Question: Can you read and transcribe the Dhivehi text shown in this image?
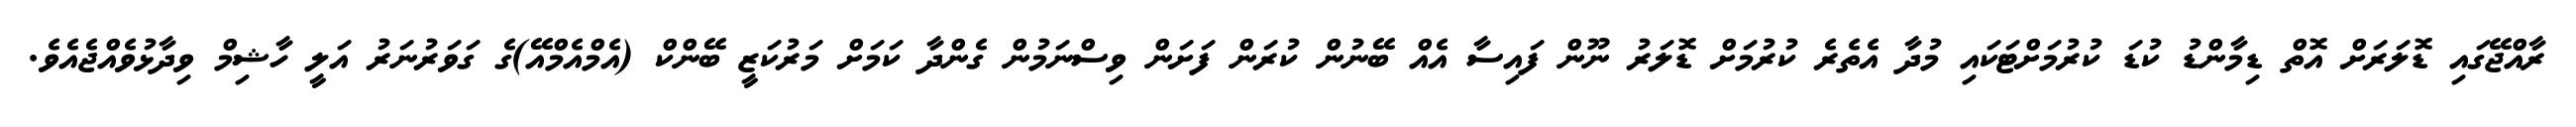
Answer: ރާއްޖޭގައި ޑޮލަރަށް އޮތް ޑިމާންޑު ކުޑަ ކުރުމަށްޓަކައި މުދާ އެތެރެ ކުރުމަށް ޑޮލަރު ނޫން ފައިސާ އެއް ބޭނުން ކުރަން ފަށަން ވިސްނަމުން ގެންދާ ކަމަށް މަރުކަޒީ ބޭންކް (އެމްއެމްއޭ)ގެ ގަވަރުނަރު އަލީ ހާޝިމް ވިދާޅުވެއްޖެއެވެ.